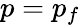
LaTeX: p=p_{f}